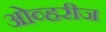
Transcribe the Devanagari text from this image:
ओव्हरीज